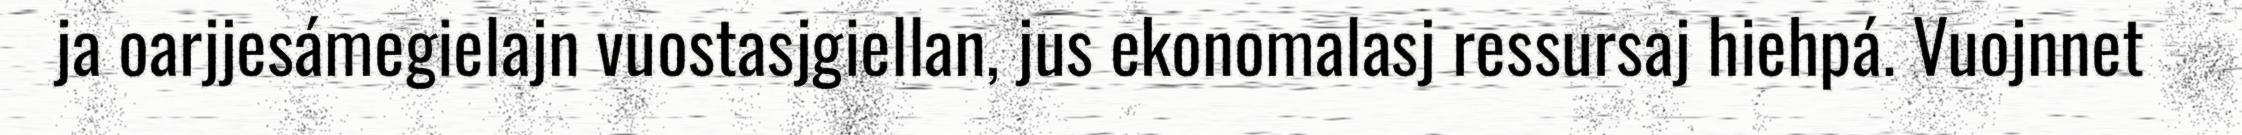
ja oarjjesámegielajn vuostasjgiellan, jus ekonomalasj ressursaj hiehpá. Vuojnnet